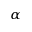
_ \alpha